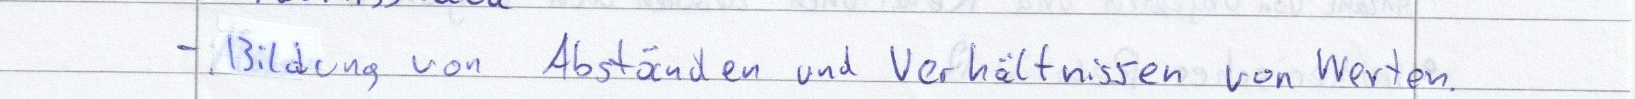
- Bildung von Abständen und Verhältnissen von Werten